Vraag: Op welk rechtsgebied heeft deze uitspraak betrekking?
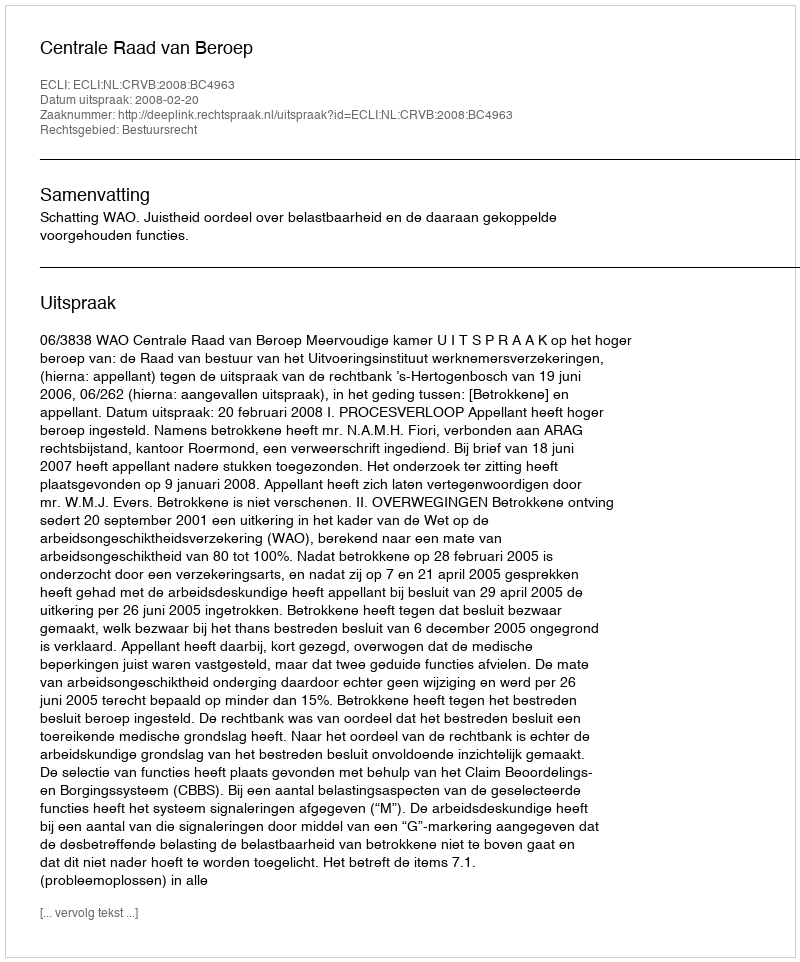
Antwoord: Bestuursrecht